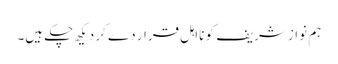
ہم نواز شریف کو نااہل قرار دے کر دیکھ چکے ہیں۔